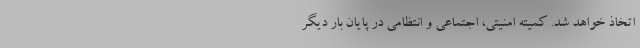
اتخاذ خواهد شد. کمیته امنیتی، اجتماعی و انتظامی در پایان بار دیگر